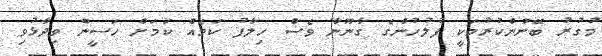
މުގުރު ބޭނުންކުރުމަކީ ފުލުހުންގެ ގާނޫނާ ވެސް ހިލާފު ކަމެއް ކަމަށް ހަސީން ވިދާޅުވި